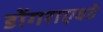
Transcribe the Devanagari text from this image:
डोंगराएवढे